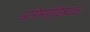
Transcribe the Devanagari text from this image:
आरोग्याविषयक